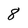
Character: 8